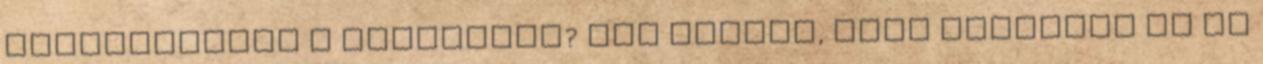
Elfelejtette a jelszavát? Azt véljük, hogy tetszett ez az